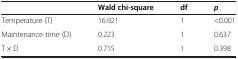
<table><thead><tr><td><b> </b></td><td><b>Wald chi-square</b></td><td><b>df</b></td><td><b><i>p</i></b></td></tr></thead><tbody><tr><td>Temperature (T)</td><td>16.921</td><td>1</td><td>&lt;0.001</td></tr><tr><td>Maintenance time (D)</td><td>0.223</td><td>1</td><td>0.637</td></tr><tr><td>T × D</td><td>0.715</td><td>1</td><td>0.398</td></tr></tbody></table>